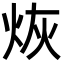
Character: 烣